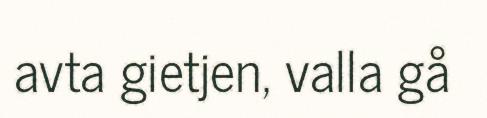
avta gietjen, valla gå